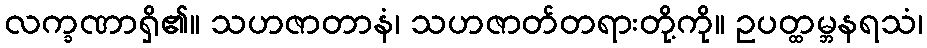
လက္ခဏာရှိ၏။ သဟဇာတာနံ၊ သဟဇာတ်တရားတို့ကို။ ဥပတ္ထမ္ဘနရသံ၊